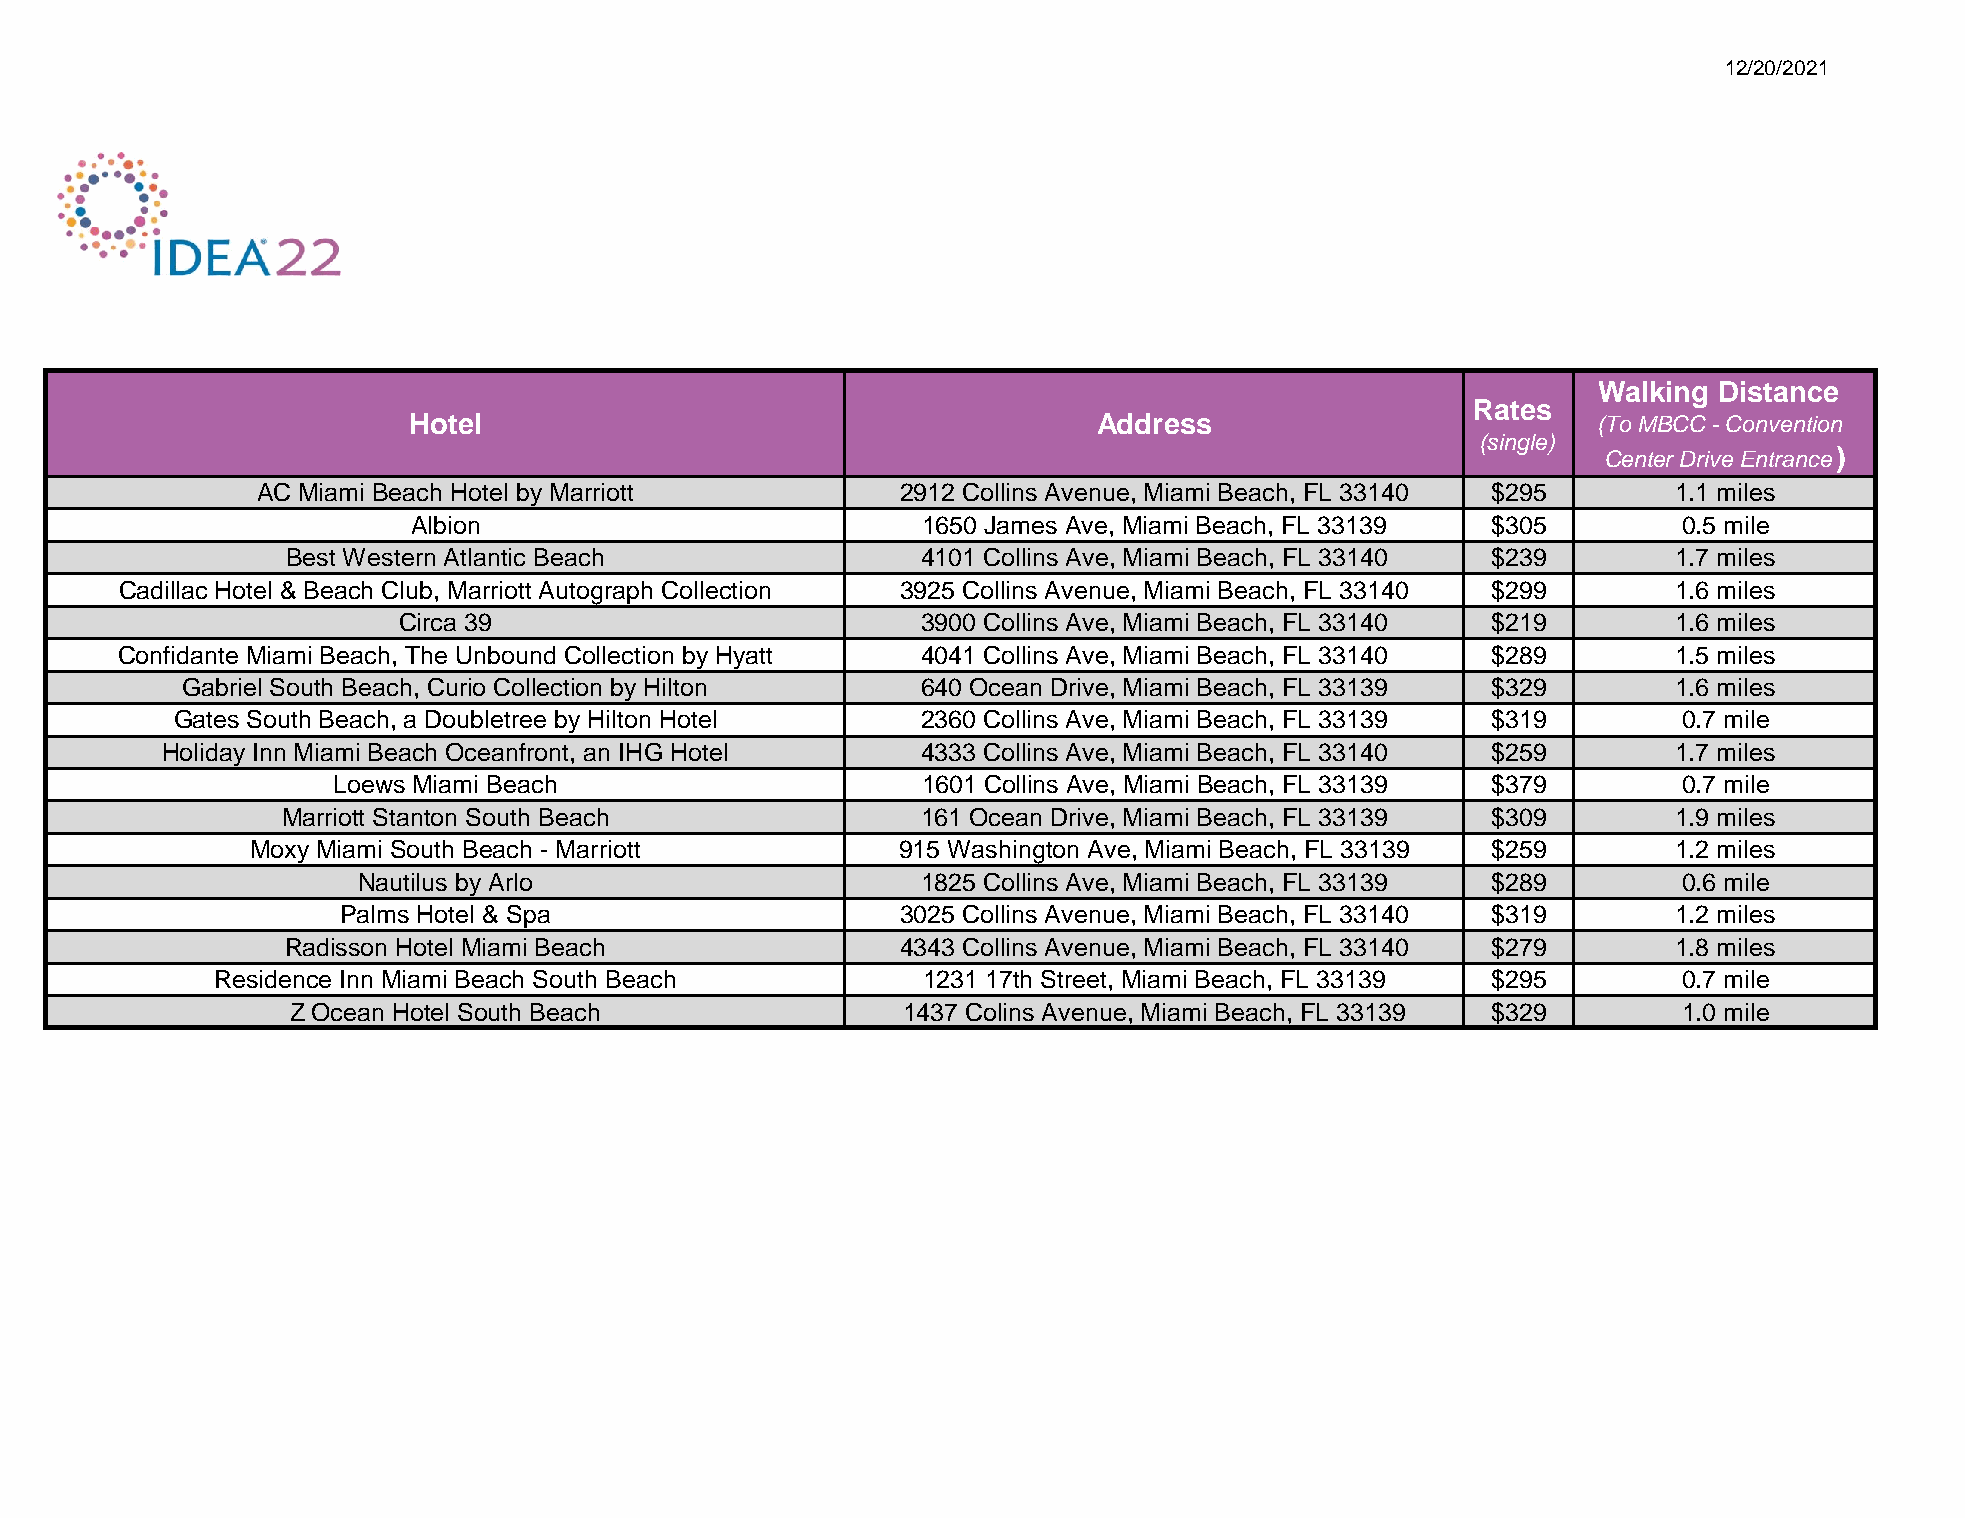
12/20/2021
 Walking Distance
 Rates
 Hotel                                         Address                          (To MBCC - Convention
 (single)
 Center Drive Entrance)
 AC Miami Beach Hotel by Marriott           2912 Collins Avenue, Miami Beach, FL 33140 $295    1.1 miles
 Albion                            1650 James Ave, Miami Beach, FL 33139 $305        0.5 mile
 Best Western Atlantic Beach               4101 Collins Ave, Miami Beach, FL 33140 $239      1.7 miles
 Cadillac Hotel & Beach Club, Marriott Autograph Collection 3925 Collins Avenue, Miami Beach, FL 33140 $299 1.6 miles
 Circa 39                           3900 Collins Ave, Miami Beach, FL 33140 $219      1.6 miles
 Confidante Miami Beach, The Unbound Collection by Hyatt 4041 Collins Ave, Miami Beach, FL 33140 $289   1.5 miles
 Gabriel South Beach, Curio Collection by Hilton  640 Ocean Drive, Miami Beach, FL 33139 $329       1.6 miles
 Gates South Beach, a Doubletree by Hilton Hotel   2360 Collins Ave, Miami Beach, FL 33139 $319      0.7 mile
 Holiday Inn Miami Beach Oceanfront, an IHG Hotel  4333 Collins Ave, Miami Beach, FL 33140 $259      1.7 miles
 Loews Miami Beach                      1601 Collins Ave, Miami Beach, FL 33139 $379      0.7 mile
 Marriott Stanton South Beach              161 Ocean Drive, Miami Beach, FL 33139 $309       1.9 miles
 Moxy Miami South Beach - Marriott         915 Washington Ave, Miami Beach, FL 33139 $259      1.2 miles
 Nautilus by Arlo                     1825 Collins Ave, Miami Beach, FL 33139 $289      0.6 mile
 Palms Hotel & Spa                    3025 Collins Avenue, Miami Beach, FL 33140 $319    1.2 miles
 Radisson Hotel Miami Beach               4343 Collins Avenue, Miami Beach, FL 33140 $279    1.8 miles
 Residence Inn Miami Beach South Beach          1231 17th Street, Miami Beach, FL 33139 $295      0.7 mile
 Z Ocean Hotel South Beach                1437 Colins Avenue, Miami Beach, FL 33139 $329     1.0 mile